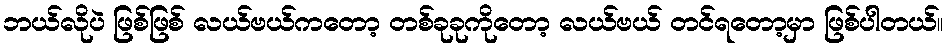
ဘယ်လိုပဲ ဖြစ်ဖြစ် လယ်ဗယ်ကတော့ တစ်ခုခုကိုတော့ လယ်ဗယ် တင်ရတော့မှာ ဖြစ်ပါတယ်။